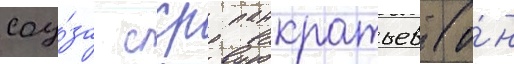
соу́за сср панкратьев (о́н